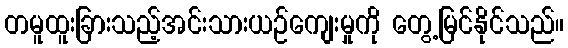
တမူထူးခြားသည့်အင်းသားယဉ်ကျေးမှုကို တွေ့မြင်နိုင်သည်။